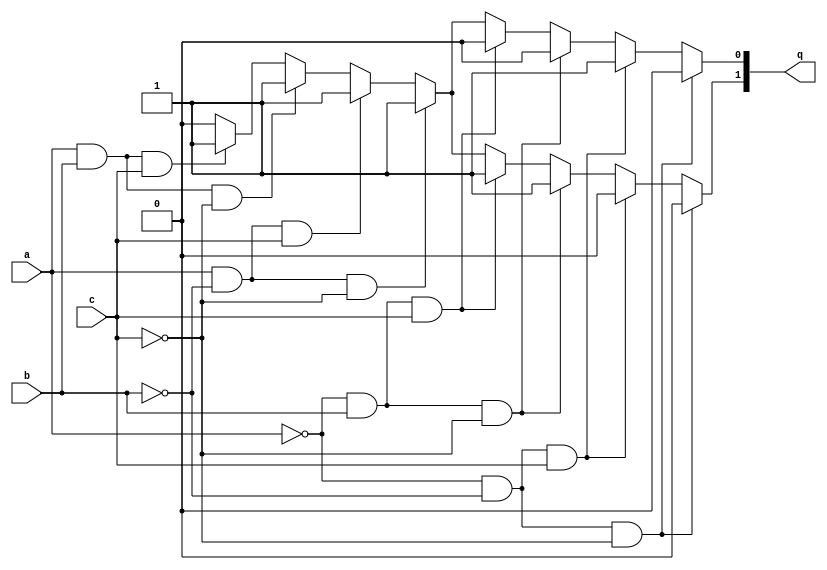
`timescale 1ns / 1ps
//////////////////////////////////////////////////////////////////////////////////
// Company: 
// Engineer: 
// 
// Design Name: 
// Module Name:    behavioral 
// Project Name: 
// Target Devices: 
// Tool versions: 
// Description: 
//
// Dependencies: 
//
// Revision: 
// Revision 0.01 - File Created
// Additional Comments: 
//
//////////////////////////////////////////////////////////////////////////////////
module behavioral(
    input a,
    input b,
    input c,
	 output reg [1:0]q
    );
	always @ (a,b,c)
	begin
	if(a == 0 && b == 0 && c == 0) // When a,b,c = 0
	begin
	q[0]<=0;
	q[1]<=0;
	end 
	else if(a == 0 && b == 0 && c == 1) // When a,b = 0 & c = 1
	begin
	q[0]<=1;
	q[1]<=0;
	end
	else if(a == 0 && b == 1 && c == 0) //When a,c = 0 & b = 1
	begin
	q[0]<=0;
	q[1]<=1;
	end
	else if(a == 0 && b == 1 && c == 1) // When b,c = 1 & a =0
	begin
	q[0]<=0;
	q[1]<=1;
	end
	else if(a == 1 && b == 0 && c == 0) // When a = 1 & b,c = 0
	begin
	q[0]<=1;
	q[1]<=1;
	end
	else if(a == 1 && b == 0 && c == 1) // When a,c = 1 & b = 0
	begin
	q[0]<=1;
	q[1]<=1;
	end
	else if(a == 1 && b == 1 && c == 0) // When a,b = 1 & c = 0
	begin
	q[0]<=1;
	q[1]<=1;
	end
	else if(a == 1 && b == 1 && c == 1) // When a,b,c = 1
	begin
	q[0]<=1;
	q[1]<=1;
	end
	else
	begin
	q[0]<=0;
	q[1]<=0;
	end
	end
endmodule